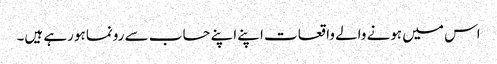
اس میں ہونے والے واقعات اپنے اپنے حساب سے رونما ہورہے ہیں۔